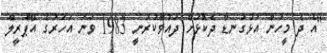
"އެ ދެ މީހުން އަޅުގަނޑާ ދެކޮޅަށް ދައުވާކުރަނީ 1983 ވަނަ އަހަރުގެ އޭޕްރީލް